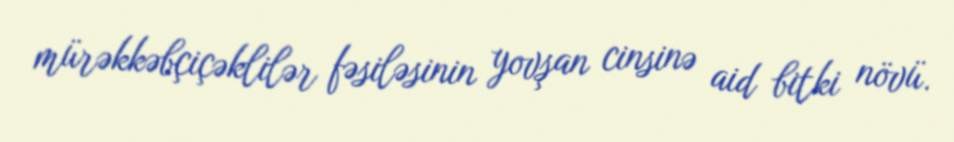
mürəkkəbçiçəklilər fəsiləsinin yovşan cinsinə aid bitki növü.